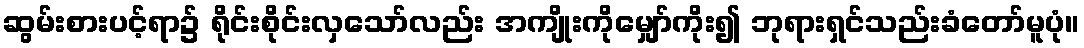
ဆွမ်းစားပင့်ရာ၌ ရိုင်းစိုင်းလှသော်လည်း အကျိုးကိုမျှော်ကိုး၍ ဘုရားရှင်သည်းခံတော်မူပုံ။